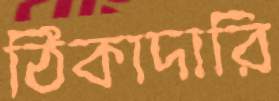
ঠিকাদারি